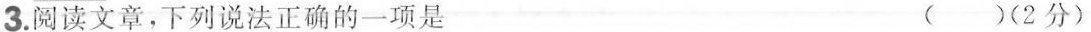
3.阅读文章，下列说法正确的一项是 ( )(2分)